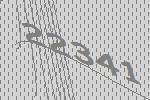
22341